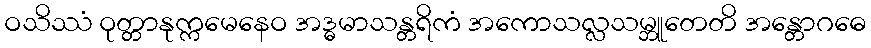
ဝသိဿံ ဝုတ္တာနုက္ကမေနေဝ အဒ္ဓမာသန္တရိကံ အကောသလ္လသမ္ဘူတေတိ အန္တောဂဓေ